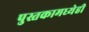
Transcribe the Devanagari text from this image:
पुस्तकामध्येही